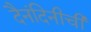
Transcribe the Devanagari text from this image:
दैनंदिनीची